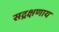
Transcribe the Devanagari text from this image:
सद्रक्षणाय